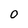
Character: 0